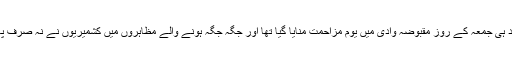
تاہم کشمیری نوجوانوں پر بھارتی فوجی سربراہ کی دھمکی کا کوئی اثر نہیں ہوا تھا اور 2 روز بعد ہی جمعہ کے روز مقبوضہ وادی میں یوم مزاحمت منایا گیا تھا اور جگہ جگہ ہونے والے مظاہروں میں کشمیریوں نے نہ صرف پاکستانی پرچم لہرائے بلکہ "کشمیر بنے گا پاکستان" کے فلک شگاف نعرے بھی لگاتے رہے تھے۔